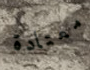
معتادة